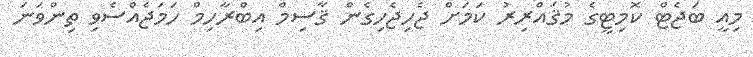
މިއީ ބަޖެޓް ކޮމިޓީގެ މުޤައްރިރު ކަމަށް ޖެހިޖެހިގެން ޤާސިމް އިބްރާހިމް ހަމަޖެއްސެވި ތިންވަނަ